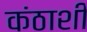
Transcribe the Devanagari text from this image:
कंठाशी